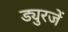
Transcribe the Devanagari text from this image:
ड्युरजें